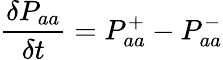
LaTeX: \frac{\delta P_{aa}}{\delta t}=P_{aa}^{+}-P_{aa}^{-}